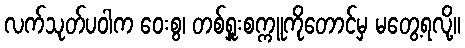
လက်သုတ်ပဝါက ဝေးစွ၊ တစ်ရှူးစက္ကူကိုတောင်မှ မတွေ့ရလို့။